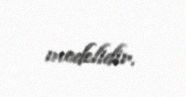
modelidir.